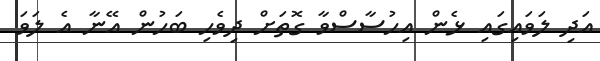
އަދި ލަވައިގައި ޅެން އިހުސާސްވާ ގޮތަށް ދިވެހި ބަހުން އޭނާ އެ ލަވަ